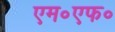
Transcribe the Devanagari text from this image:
एम॰एफ॰